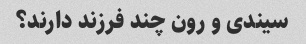
سیندی و رون چند فرزند دارند؟